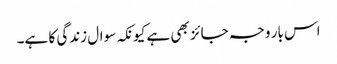
اس بار وجہ جائز بھی ہے کیونکہ سوال زندگی کا ہے۔